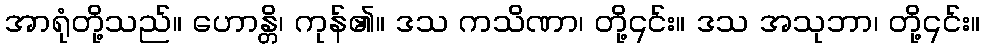
အာရုံတို့သည်။ ဟောန္တိ၊ ကုန်၏။ ဒသ ကသိဏာ၊ တို့၎င်း။ ဒသ အသုဘာ၊ တို့၎င်း။